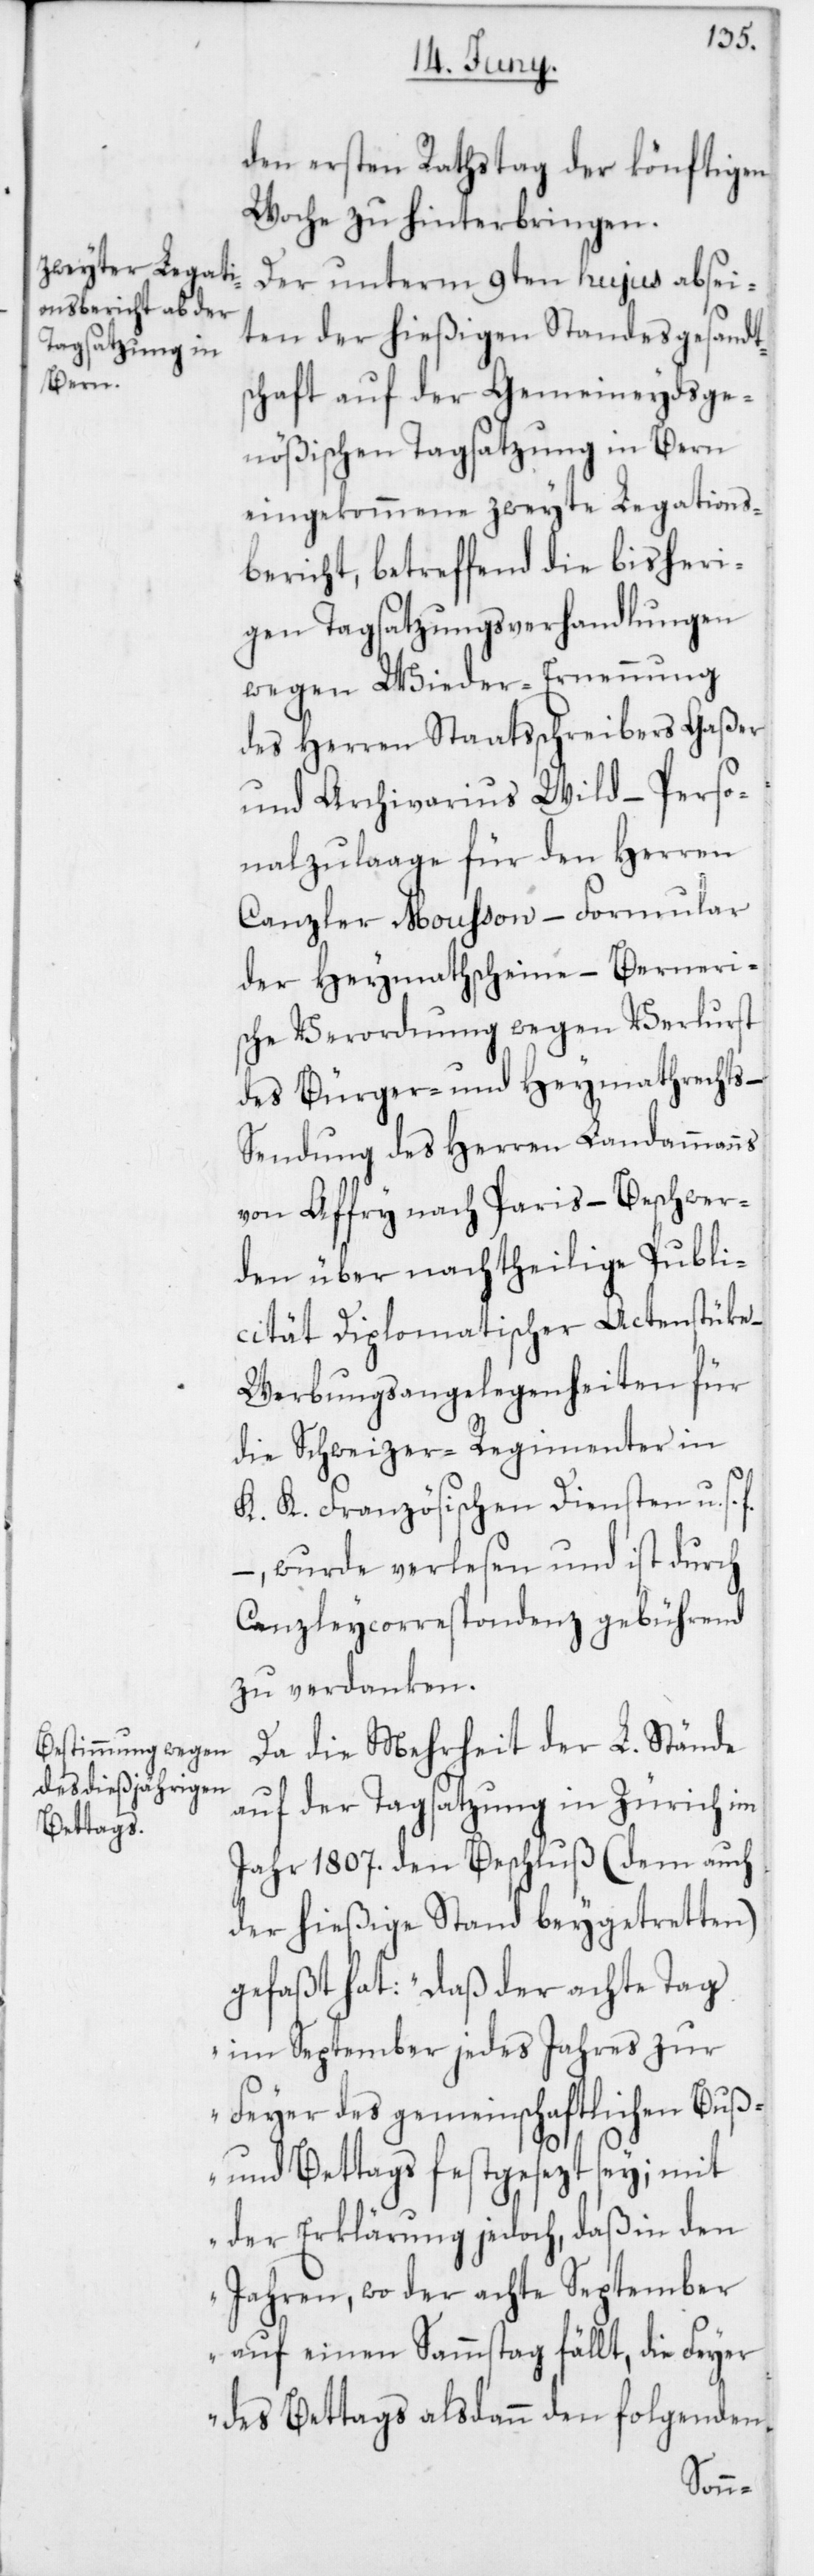
den ersten Rathstag der könftigen
Woche zu hinterbringen.
Der unterm 9ten hujus absei¬
ten der hießigen Standesgesandt¬
schaft auf der Gemeineydsge¬
nößischen Tagsatzung in Bern
eingekommene zweyte Legations¬
bericht, betreffend die bisheri¬
gen Tagsatzungsverhandlungen
wegen Wieder-Ernennung
des Herren Staatsschreibers Gaßer
und Archivarius Wild, – Perso¬
nalzulaage für den Herren
Canzler Mousson, – Formular
der Heymathscheine, – Berneri¬
sche Verordnung wegen Verlurst
des Bürger- und Heymathrechts, –
Sendung des Herren Landammanns
von Affry nach Paris, – Beschwer¬
den über nachtheilige Publi¬
cität Diplomatischer Actenstüke,
Werbungsangelegenheiten für
die Schweizer-Regimenter in
K. K. Französischen Diensten u. s.
– wurde verlesen und ist durch
Canzleycorrespondenz gebührend
zu verdanken.
Da die Mehrheit der L. Stände
auf der Tagsatzung in Zürich im
Jahr 1807. den Beschluß (dem auch
der hießige Stand beigetretten)
gefaßt hat: „Daß der achte Tag
im September jedes Jahres zur
Feyer des gemeinschaftlichen Buß-
und Bettags festgesezt sey; mit
der Erklärung jedoch, daß in den
Jahren, wo der achte September
auf einen Sammstag fällt, die Feyer
des Bettags alsdann den folgenden